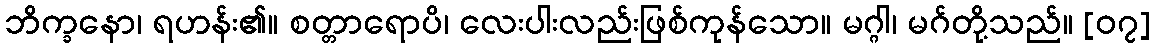
ဘိက္ခနော၊ ရဟန်း၏။ စတ္တာရောပိ၊ လေးပါးလည်းဖြစ်ကုန်သော။ မဂ္ဂါ၊ မဂ်တို့သည်။ [၀၇]